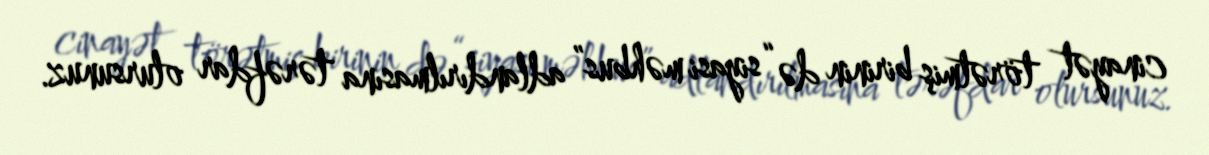
cinayət törətmiş birinin də “siyasi məhbus” adlandırılmasına tərəfdar olursunuz.